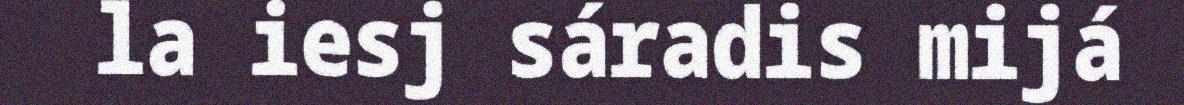
la iesj sáradis mijá